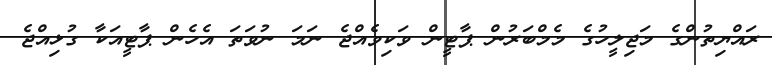
ރައްޔިތުންގެ މަޖިލީހުގެ މެމްބަރުން ޕާޓީން ވަކިވެއްޖެ ނަމަ ނުވަތަ އެހެން ޕާޓީއަކާ ގުޅިއްޖެ